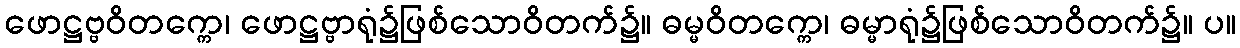
ဖောဋ္ဌဗ္ဗဝိတက္ကေ၊ ဖောဋ္ဌဗ္ဗာရုံ၌ဖြစ်သောဝိတက်၌။ ဓမ္မဝိတက္ကေ၊ ဓမ္မာရုံ၌ဖြစ်သောဝိတက်၌။ ပ။